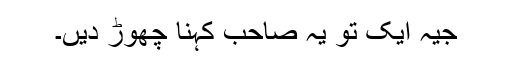
جیہ ایک تو یہ صاحب کہنا چھوڑ دیں۔